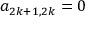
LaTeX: a _ { 2 k + 1 , 2 k } = 0